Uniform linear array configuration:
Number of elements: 64
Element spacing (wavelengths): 0.75
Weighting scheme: cosine
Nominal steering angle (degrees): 45
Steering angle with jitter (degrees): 45.788
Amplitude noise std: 0.05
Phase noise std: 0.05

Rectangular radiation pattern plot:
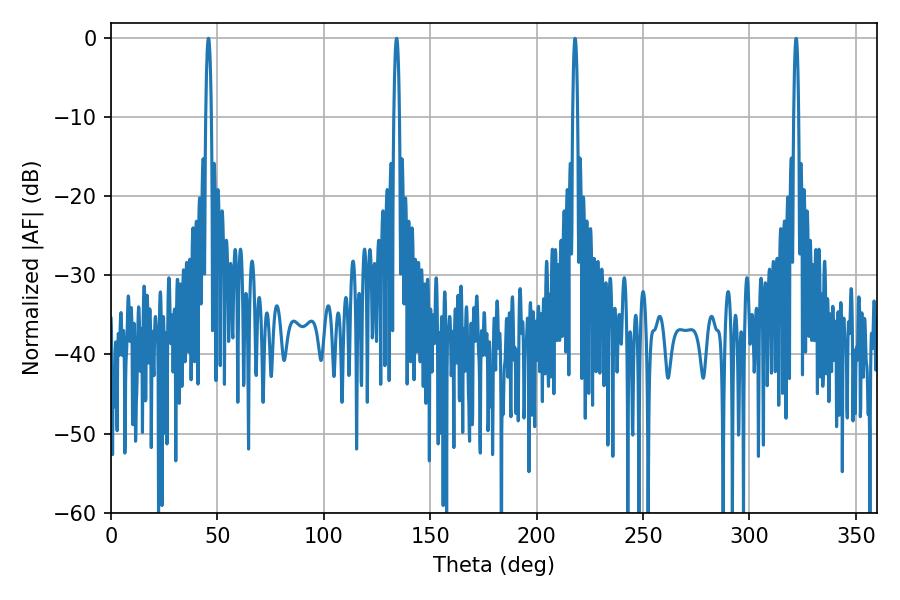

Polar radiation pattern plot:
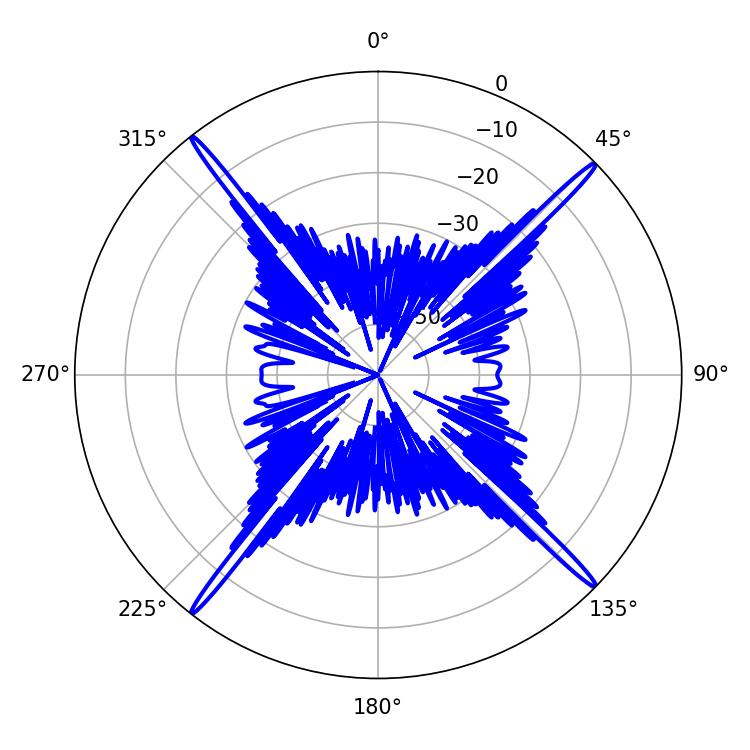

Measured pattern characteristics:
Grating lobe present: TRUE
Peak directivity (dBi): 22.839
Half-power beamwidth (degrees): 1.44
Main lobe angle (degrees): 45.72